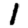
Digit: 1